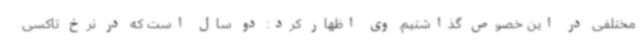
مختلفی در این خصوص گذاشتیم. وی اظهار کرد: دو سال است که در نرخ تاکسی